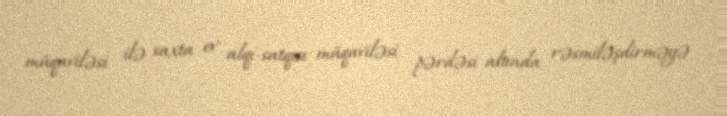
müqaviləsi ilə saxta ev alqı-satqısı müqaviləsi pərdəsi altında rəsmiləşdirməyə